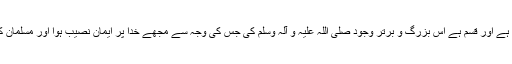
سو قسم ہے خدائے ذوالجلال کی جس کے قبضے میں میری جان اور آبرو ہے اور قسم ہے اس بزرگ و برتر وجود صلی اللہ علیہ و آلہ وسلم کی جس کی وجہ سے مجھے خدا پر ایمان نصیب ہوا اور مسلمان کہلاتا ہوں، دنیا کی کوئی قوت مجھے حق کہنے سے باز نہیں رکھ سکتی۔